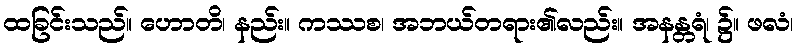
ထခြင်းသည်။ ဟောတိ၊ နည်း။ ကဿစ၊ အဘယ်တရား၏လည်း။ အနန္တရံ၊ ၌။ ဖလံ၊